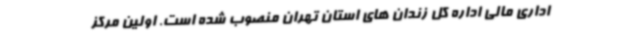
اداری مالی اداره کل زندان های استان تهران منصوب شده است. اولین مرکز